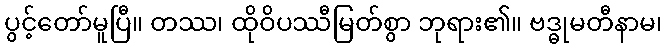
ပွင့်တော်မူပြီ။ တဿ၊ ထိုဝိပဿီမြတ်စွာ ဘုရား၏။ ဗဒ္ဓုမတီနာမ၊